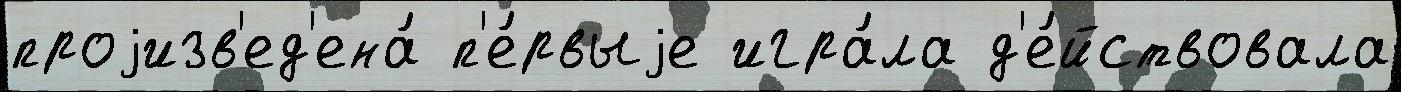
проjизв'ед'ена́ п'е́рвыjе игра́ла д'е́йствовала